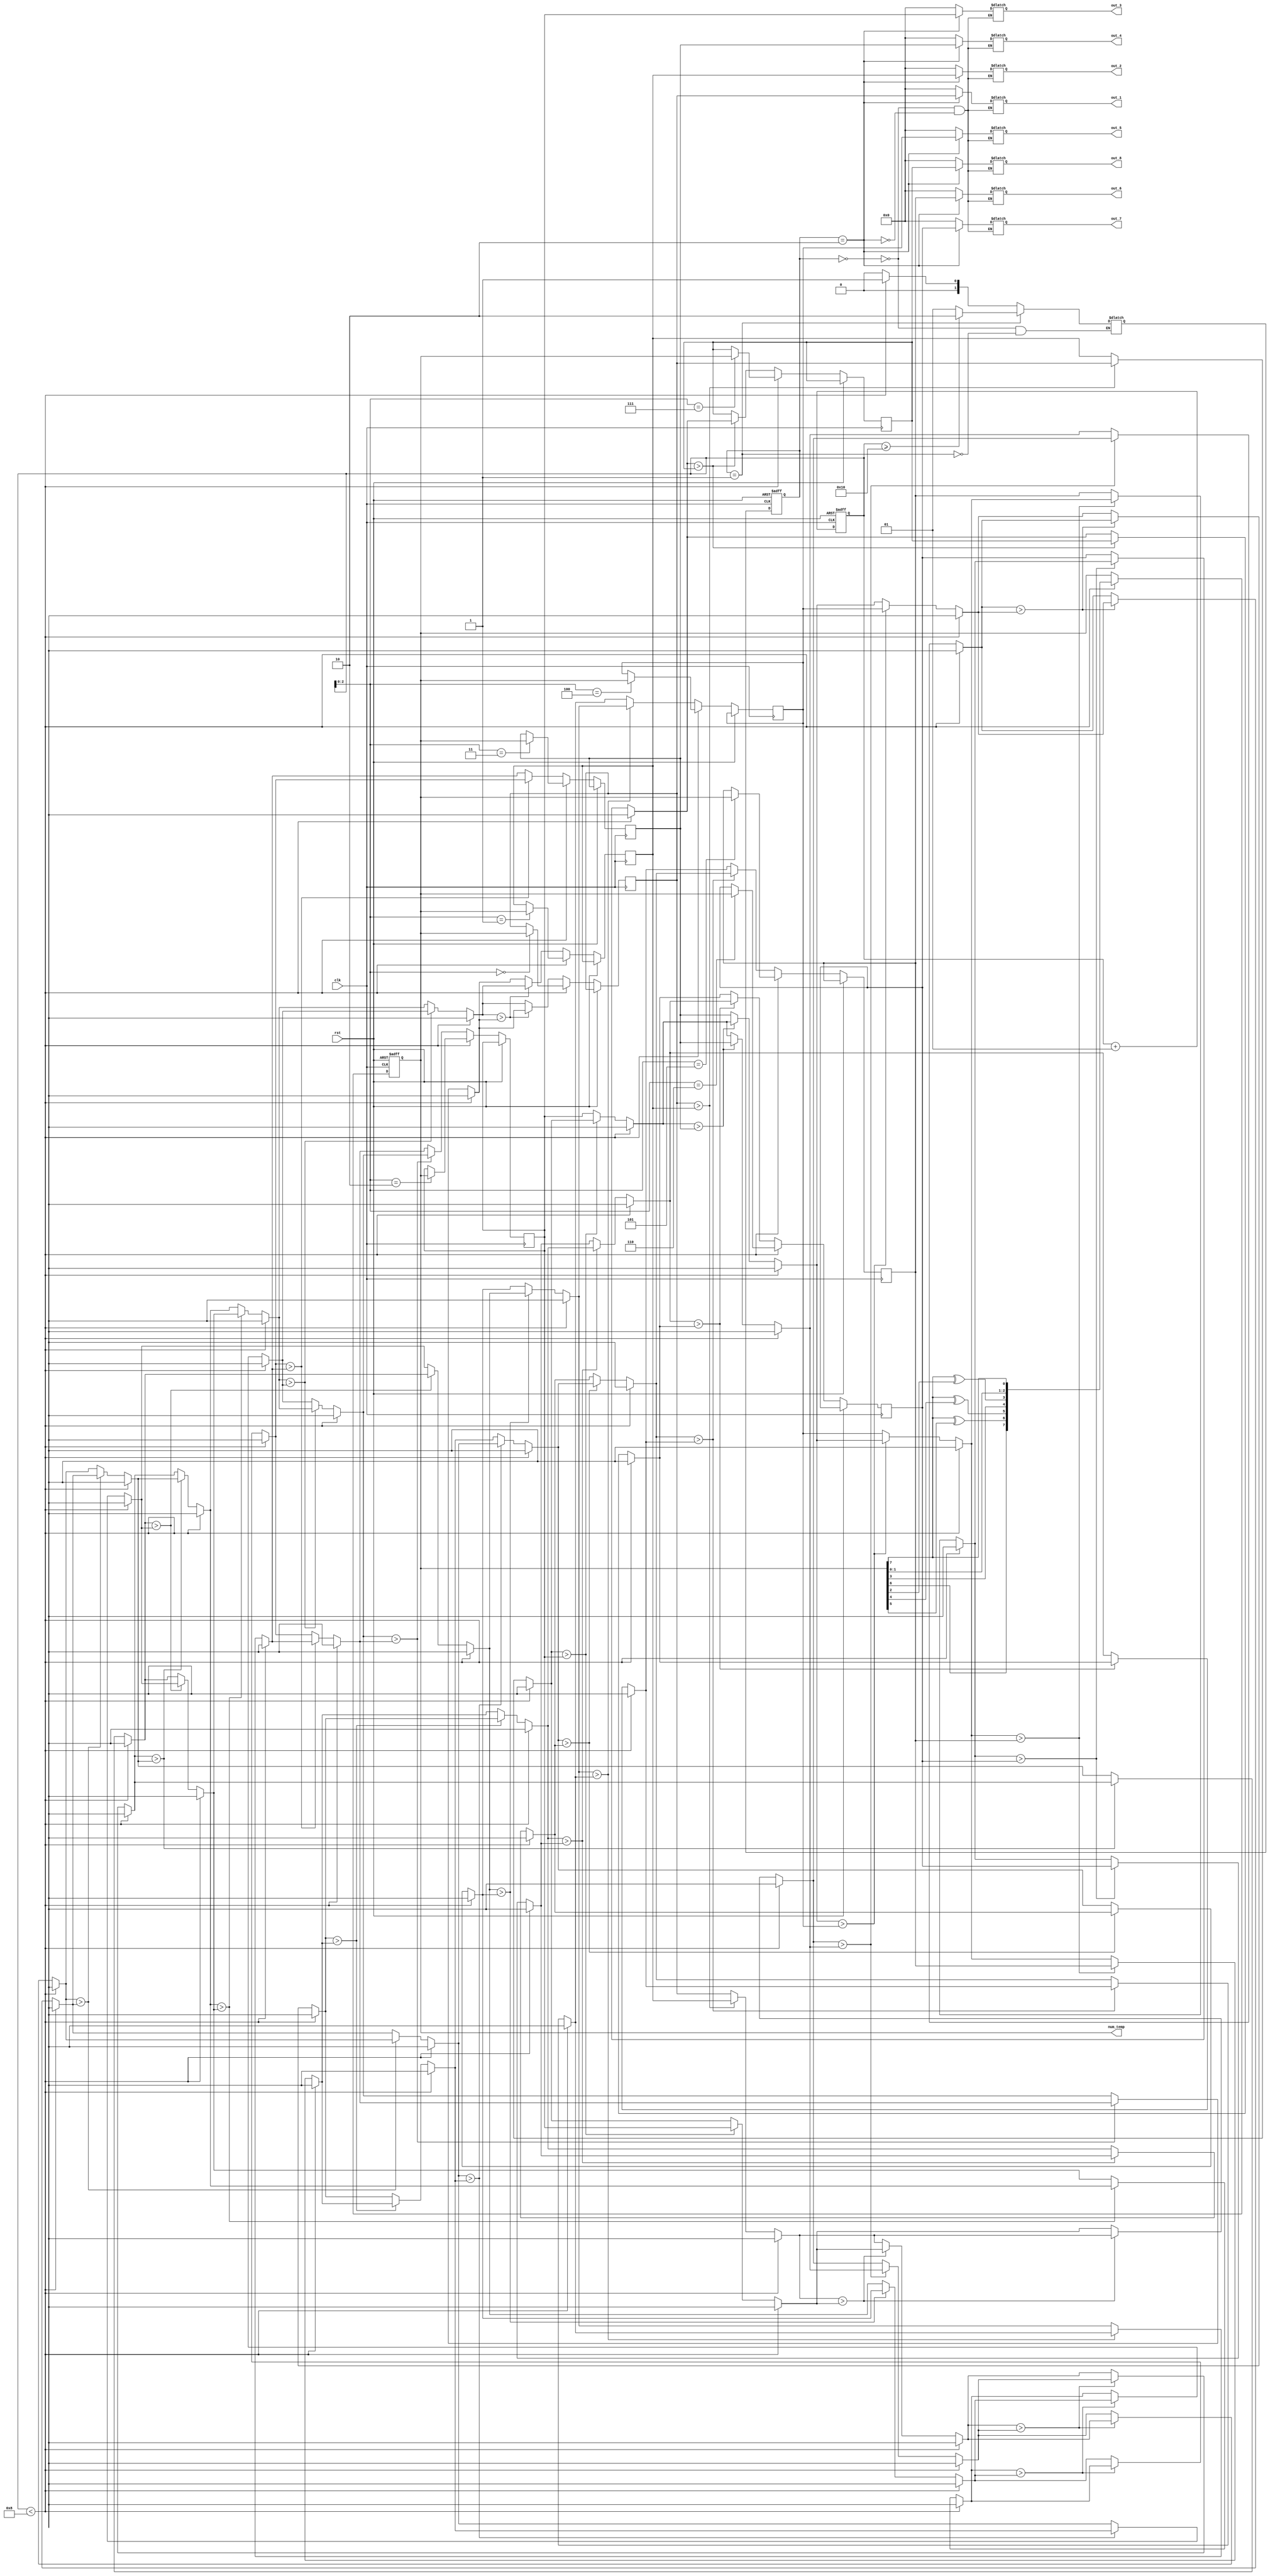
module hw9_LSFR(clk,rst,num_temp,out_1,out_2,out_3,out_4,out_5,out_6,out_7,out_8);
input clk,rst;
output reg[7:0]num_temp;
output reg[7:0]out_1,out_2,out_3,out_4,out_5,out_6,out_7,out_8;
reg [7:0]temp[7:0];
integer i,j,k;
reg [7:0]temp_sort;

reg [1:0]State,NextState;
parameter S0=2'b00,S1=2'b01,S2=2'b10;
// Finished
always@(posedge clk , posedge rst)begin

    if(rst)begin
        State <= S0;
        num_temp <= 8'hF1;
        i = 0;
    end
    
    else begin
        State <= NextState;
        
        if(i < 8)begin
            num_temp <= {num_temp[6], num_temp[7]^num_temp[5], num_temp[7]^num_temp[4], num_temp[3], num_temp[7]^num_temp[2], num_temp[1], num_temp[0], num_temp[7]};
            temp[i] <= num_temp;
        end
        else begin
            j = 0;
            k = 0;
            for(j=0;j<7;j=j+1)begin
                for(k=0;k<7-j;k=k+1)begin
                    if(temp[k] > temp[k+1])begin
                        temp_sort = temp[k];
                        temp[k] = temp[k+1];
                        temp[k+1] = temp_sort;
                    end
                end
            end
        end
        i = i + 1;
    end
    
end

always@(*)begin
    
    case(State)
    
        S0:begin
            if(i < 8)
                NextState = S1;
            else
                NextState = S0;
        end
        
        S1:begin
        
            if(i >= 16)
                NextState = S2;
            else
                NextState = S1;
        end
        
        S2:begin
            
        end
    endcase
    
end

always@(State)begin

    case(State)
        S0: begin
            out_1 = 0;
            out_2 = 0;
            out_3 = 0;
            out_4 = 0;
            out_5 = 0;
            out_6 = 0;
            out_7 = 0;
            out_8 = 0;
        end
        S1: begin
            
        end
        S2: begin
            out_1 = temp[0];
            out_2 = temp[1];
            out_3 = temp[2];
            out_4 = temp[3];
            out_5 = temp[4];
            out_6 = temp[5];
            out_7 = temp[6];
            out_8 = temp[7];
        end
    endcase
end

endmodule